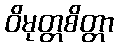
ဝိမုတ္တစိတ္တာ